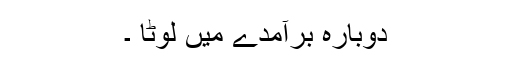
دوبارہ برآمدے میں لوٹا ۔